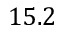
1 5 . 2